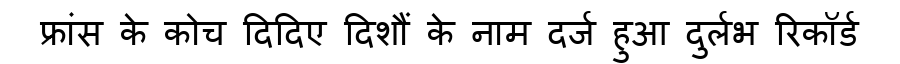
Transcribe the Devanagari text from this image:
फ्रांस के कोच दिदिए दिशौं के नाम दर्ज हुआ दुर्लभ रिकॉर्ड